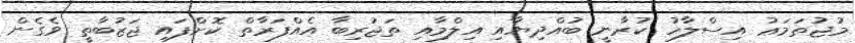
މުޖުތަމަޢު އިސްލާހު ކުރާނީ ބުއްދިޔާއި އިލްމާއި ތަޖުރިބާ އެއްފަރާތް ކޮށްފައި ޖަޒުބާތީ ވެގެން